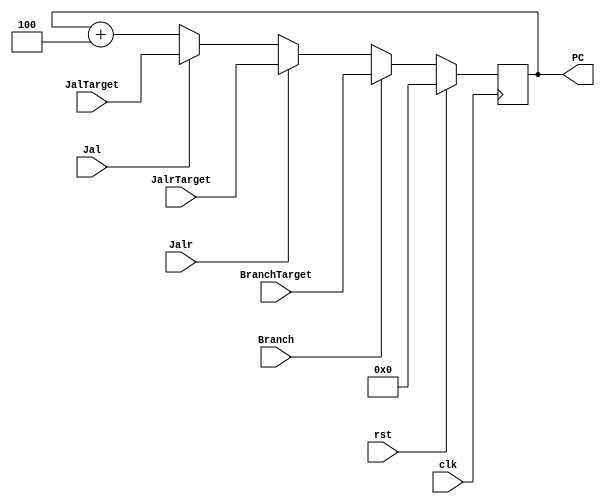
`timescale 1ns / 1ps
//////////////////////////////////////////////////////////////////////////////////
// Design Name: RISCV CPU
// Module Name: NPC_Generator
// Target Devices: Nexys4
// Tool Versions: Vivado 2017.4.1
// Description: Choose Next PC value
//////////////////////////////////////////////////////////////////////////////////
module NPC_Generator(
    input wire [31:0] JalrTarget, BranchTarget, JalTarget,
    input wire Branch,Jal,Jalr,
    input clk,rst,
    output reg [31:0] PC
    );
    
    initial begin
        PC = 32'b0;
    end
    
    wire [31:0] next_PC;
    assign  next_PC =  (Branch == 1'b1)?(BranchTarget):
                       ((Jalr == 1'b1)?(JalrTarget):
                       ((Jal == 1'b1)?(JalTarget):
                       (PC + 32'd4)));

    always@ (negedge clk) begin
        if (rst) begin
            PC <= 0;
        end 
        else begin
            PC <= next_PC;
        end
    end
    
endmodule

//
    //NPC_GeneratorNext PCPC
//
    //PCF               PC
    //JalrTarget        jalr
    //BranchTarget      branch
    //JalTarget         jal
    //Branch==1         Branch
    //Jal==1            Jal
    //Jalr==1           Jalr
//
    //PC                NPC
//  
    //NPC_Generator